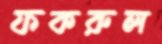
ফকরুল